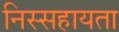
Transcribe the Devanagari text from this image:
निस्सहायता